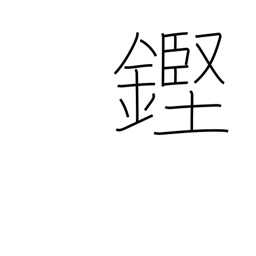
Meaning: clinking sound